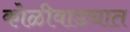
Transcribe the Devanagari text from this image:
कोळीवाड्यात